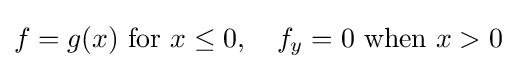
f=g(x){\text{ for }}x\leq 0,\quad f_{y}=0{\text{ when }}x>0